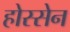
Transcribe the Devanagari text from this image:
होस्सेन